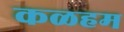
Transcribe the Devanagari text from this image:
कळहम